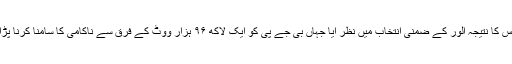
اس کا نتیجہ الور کے ضمنی انتخاب میں نظر آیا جہاں بی جے پی کو ایک لاکھ ۹۶ ہزار ووٹ کے فرق سے ناکامی کا سامنا کرنا پڑا۔